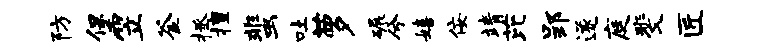
防堡笠釜拯擅蜚吐萝碾兮嬉佞靖芘郢遂庭斐匠